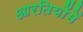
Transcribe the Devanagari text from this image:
आरतियोंमें